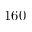
1 6 0